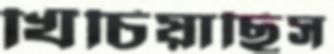
খিঁচিয়াছিস